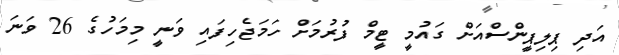
އަދި ޕިލިޕީންސްއަށް ގައުމީ ޓީމް ފުރުމަށް ހަމަޖެހިފައި ވަނީ މިމަހުގެ 26 ވަނަ